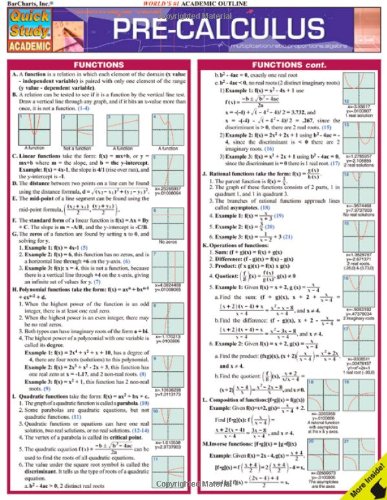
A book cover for Pre-Calculus (Quickstudy: Academic); Inc. BarCharts; Science & Math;